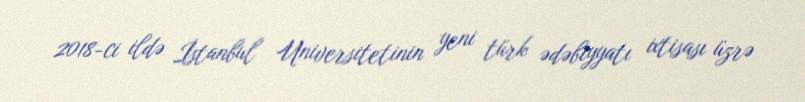
2018-ci ildə İstanbul Universitetinin yeni türk ədəbiyyatı ixtisası üzrə